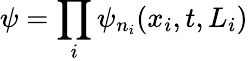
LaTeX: \psi=\prod_{i}\psi_{n_{i}}(x_{i},t,L_{i})